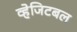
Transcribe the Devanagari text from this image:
व्हेजिटबल